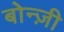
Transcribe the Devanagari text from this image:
बोन्ज़ी